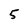
Character: 5